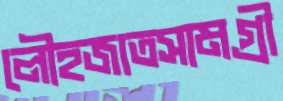
লৌহজাতসামগ্রী